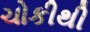
ચોકીથી